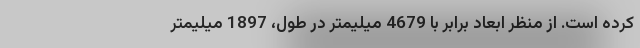
کرده است. از منظر ابعاد برابر با 4679 میلیمتر در طول، 1897 میلیمتر